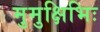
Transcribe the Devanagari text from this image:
मुमुक्षिभिः